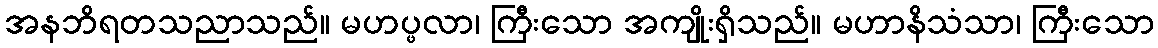
အနဘိရတသညာသည်။ မဟပ္ဖလာ၊ ကြီးသော အကျိုးရှိသည်။ မဟာနိသံသာ၊ ကြီးသော